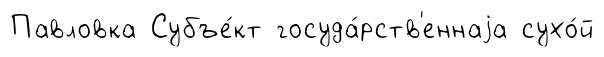
Павловка Субъе́кт госуда́рств'еннаjа сухо́й